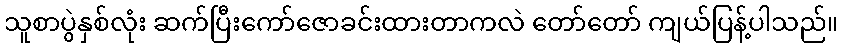
သူစာပွဲနှစ်လုံး ဆက်ပြီးကော်ဇောခင်းထားတာကလဲ တော်တော် ကျယ်ပြန့်ပါသည်။